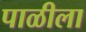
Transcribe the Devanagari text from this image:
पाळीला